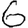
Digit: 6